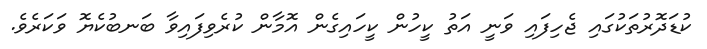
ކުޑަދޮރުތަކުގައި ޖެހިފައި ވަނީ އަތު ކީހުން ކީހައިގެން އޮމާން ކުރެވިފައިވާ ބަނބުކެޔޮ ވަކަރެވެ.